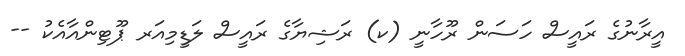
އީރާނުގެ ރައީސް ހަސަން ރޫހާނީ (ކ) ރަޝިޔާގެ ރައީސް ލަޑީމިއަރ ޕޫޓިންއާއެކު --